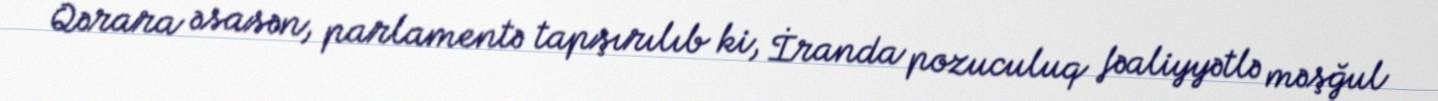
Qərara əsasən, parlamentə tapşırılıb ki, İranda pozuculuq fəaliyyətlə məşğul